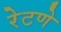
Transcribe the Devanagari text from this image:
रेटणे